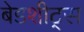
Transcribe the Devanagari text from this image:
बेडशीट्स